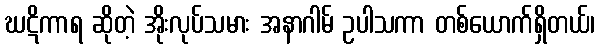
ဃဋိကာရ ဆိုတဲ့ အိုးလုပ်သမား အနာဂါမ် ဥပါသကာ တစ်ယောက်ရှိတယ်၊